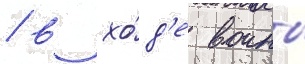
/ в хо́д'е воины